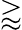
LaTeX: \gtrapprox